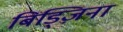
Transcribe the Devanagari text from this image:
बिड्ज़िना